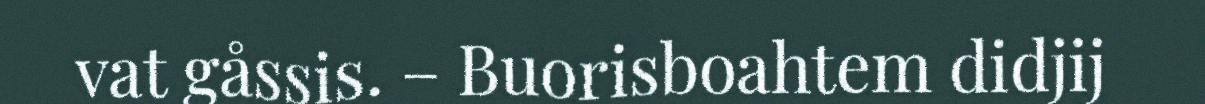
vat gåssis. – Buorisboahtem didjij